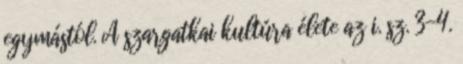
egymástól. A szargatkai kultúra élete az i. sz. 3-4.